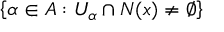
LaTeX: \left\{ \alpha \in A : U _ { \alpha } \cap N ( x ) \neq \varnothing \right\}